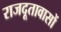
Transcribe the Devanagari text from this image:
राजदूतावासों